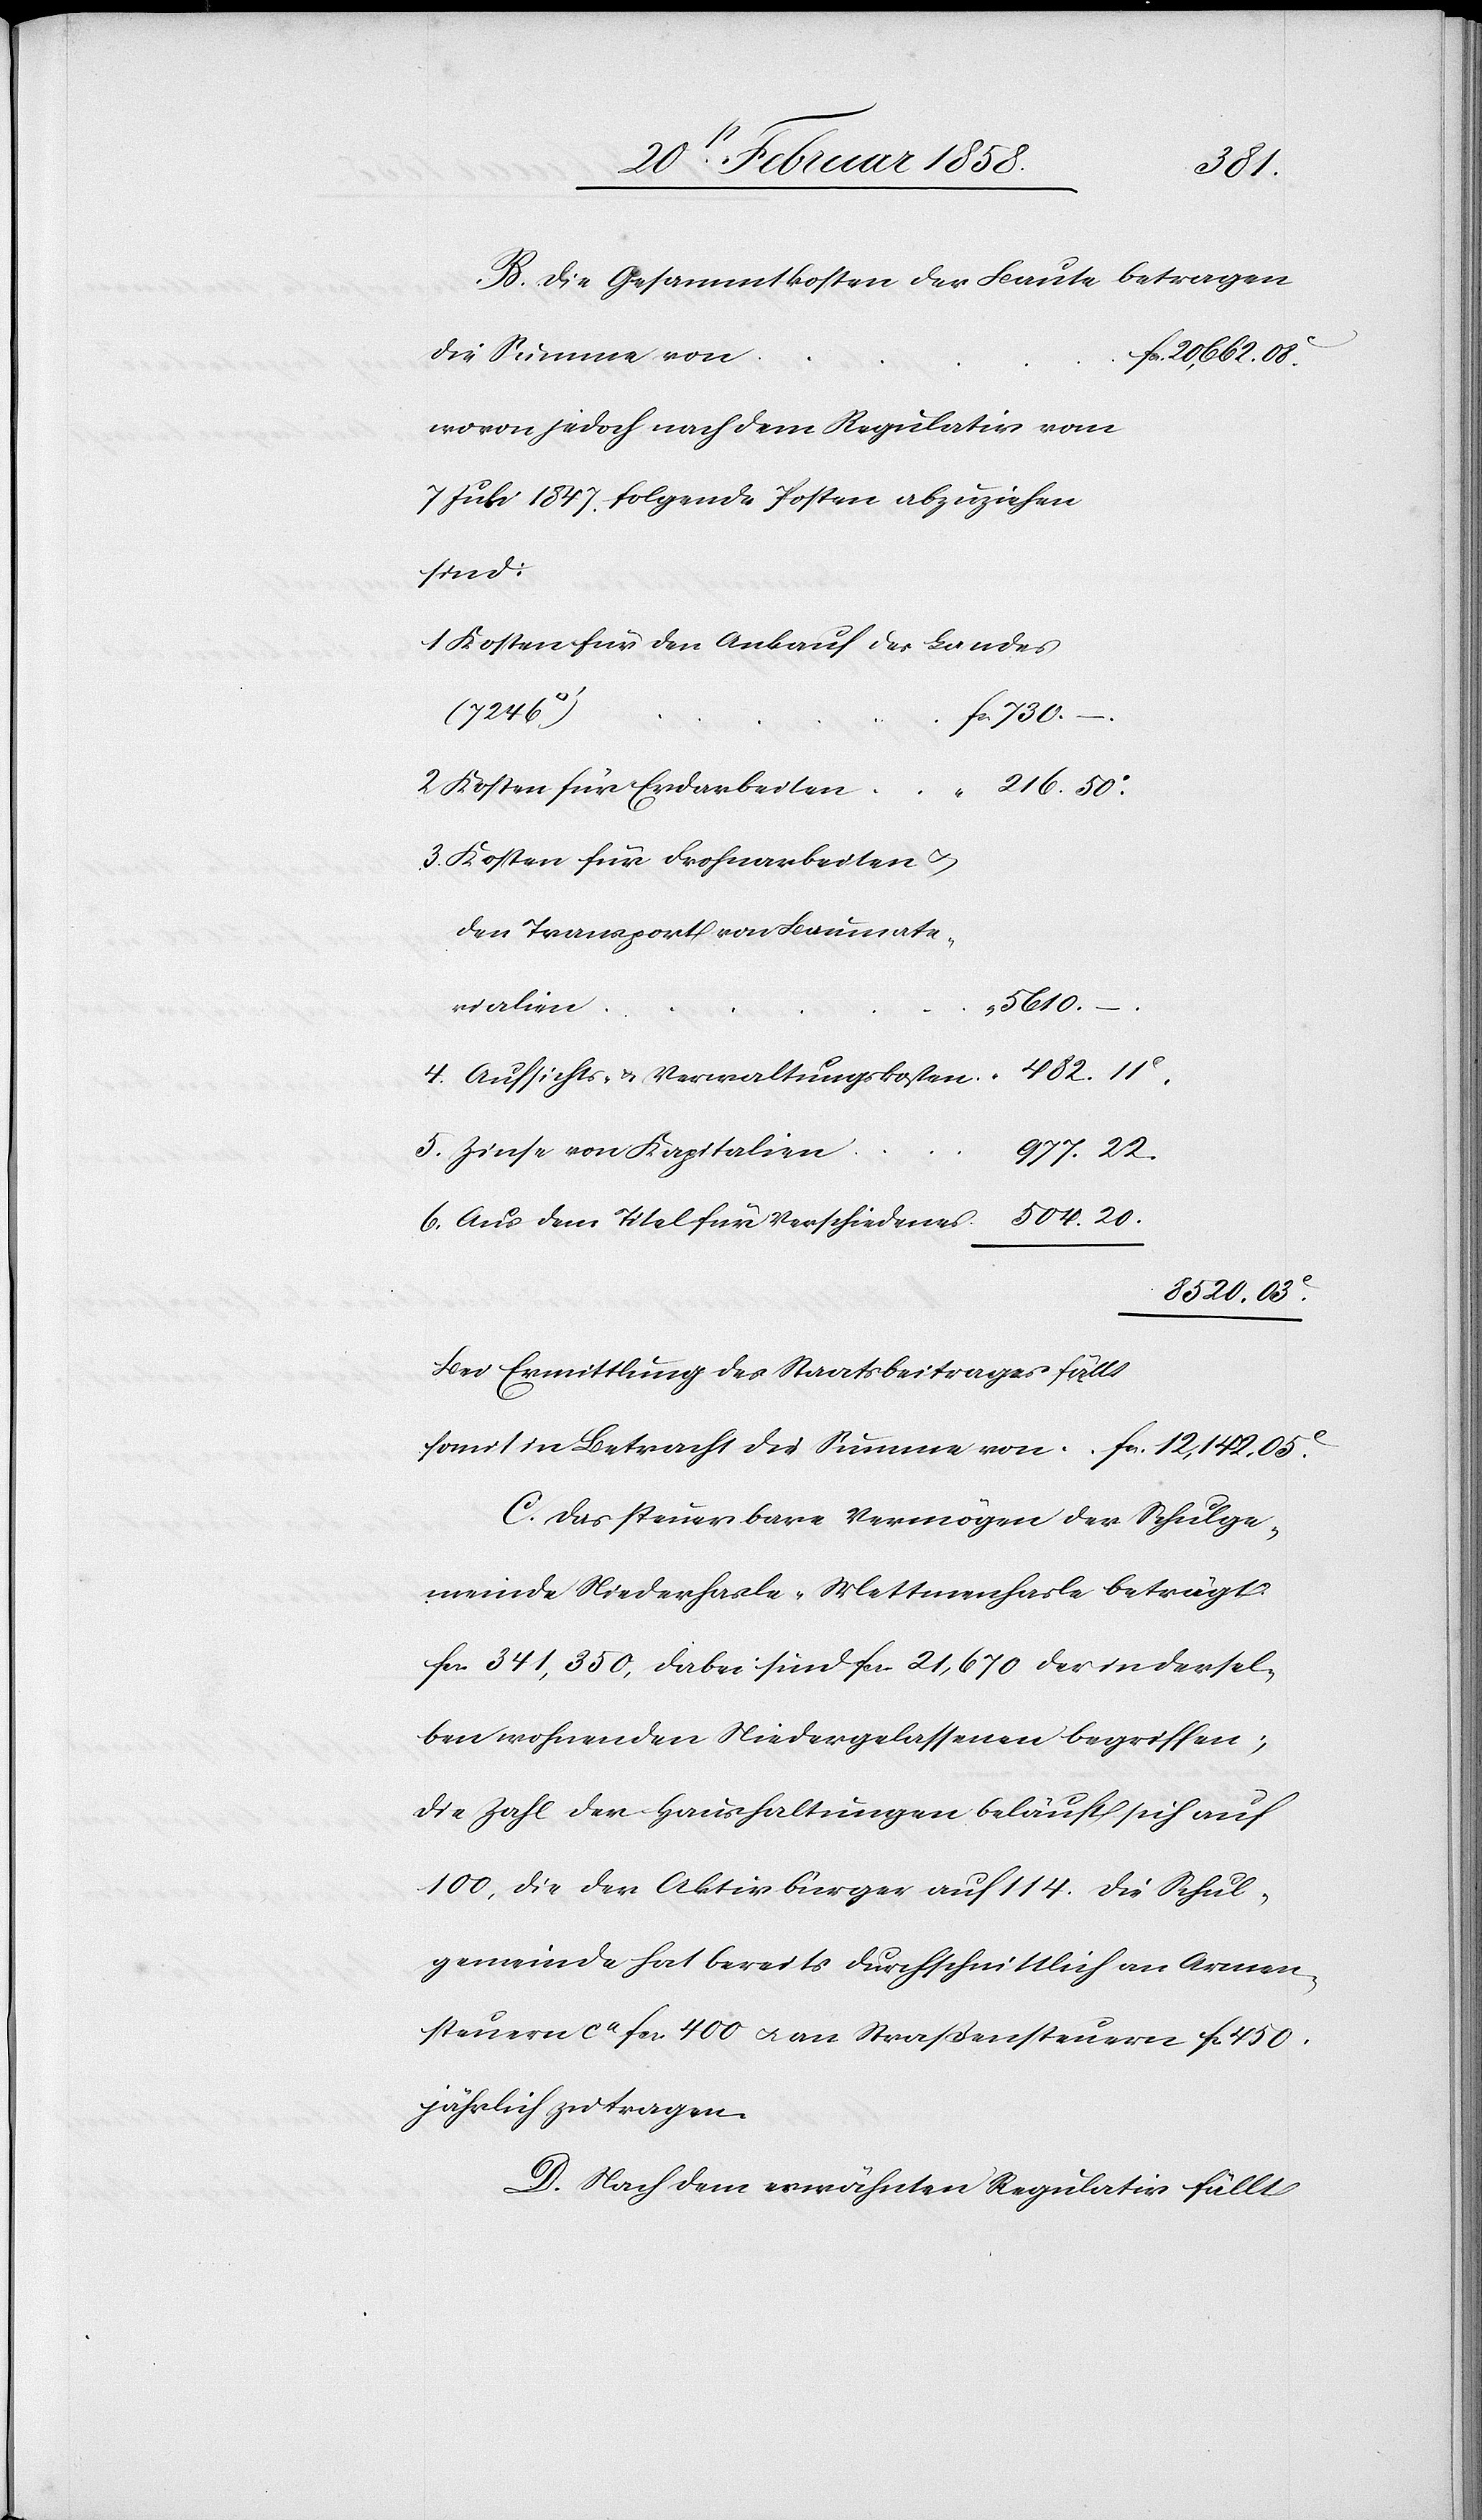
05.
B. Die Gesammtkosten der Baute betragen
die Summe von
wovon jedoch nach dem Regulativ vom
7 Juli 1847 folgende Posten abzuziehen
sind:
1 Kosten für den Ankauf des Landes
somit in
2 Kosten für Erdarbeiten
3 Kosten für Frohnarbeiten u.
den Transport von Baumate¬
rialien
5610.
4 Aufsichts- u. Verwaltungskosten
5. Zinse von Kapitalien
977.
6. Aus dem Titel für Verschiedenes
8520.
Bei Ermittlung des Staatsbeitrages fällt
C. Das steuerbare Vermögen der Schulge¬
meinde Niederhasle-Mettmenhasle beträgt:
fcs. 341,350, dabei sind fcs. 21,670 der in dersel¬
ben wohnenden Niedergelassenen begriffen;
die Zahl der Haushaltungen beläuft sich auf
100, die der Aktivbürger auf 114. Die Schul¬
gemeinde hat bereits durchschnittlich an Armen¬
steuern ca fcs. 400 u. an Straßensteuern fcs. 450
jährlich zu tragen.
D. Nach dem erwähnten Regulativ fällt